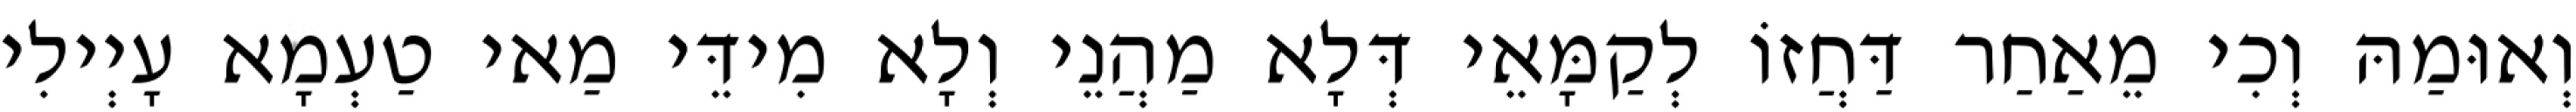
וְאוּמַהּ וְכִי מֵאַחַר דַּחֲזוֹ לְקַמָּאֵי דְּלָא מַהֲנֵי וְלָא מִידֵּי מַאי טַעְמָא עָיְילִי